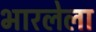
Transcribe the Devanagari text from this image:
भारलेला